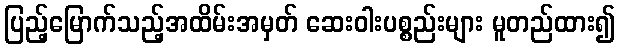
ပြည့်မြောက်သည့်အထိမ်းအမှတ် ဆေးဝါးပစ္စည်းများ မူတည်ထား၍